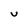
Character: U